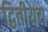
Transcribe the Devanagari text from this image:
द्वितीयय